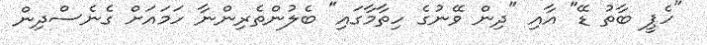
"ހެޕީ ބާތު ޑޭ" އާއި "ދިން ވޭނުގެ ހިތާމާގައި" ބެލުންތެރިންނާ ހަމައަށް ގެނެސްދިން